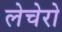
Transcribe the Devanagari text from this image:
लेचेरो